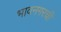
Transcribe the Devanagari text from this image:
भावनगरची